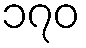
၁၇၀